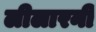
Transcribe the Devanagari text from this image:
लीलारनी